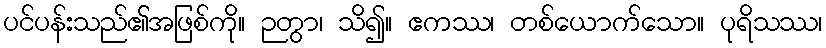
ပင်ပန်းသည်၏အဖြစ်ကို။ ဉတွာ၊ သိ၍။ ဧကဿ၊ တစ်ယောက်သော။ ပုရိသဿ၊